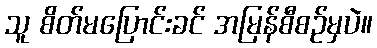
သူ စိတ်မပြောင်းခင် အမြန်စီစဉ်မှပဲ။